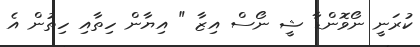
ކުރަނީ ނޯވޮންޑާ ޝީ ނޯސް އިޒާ " އިޔާން ހިތާއި ހިތުން އެ